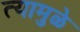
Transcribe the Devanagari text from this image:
त्यामुळे